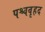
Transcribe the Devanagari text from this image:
पश्चवृहद